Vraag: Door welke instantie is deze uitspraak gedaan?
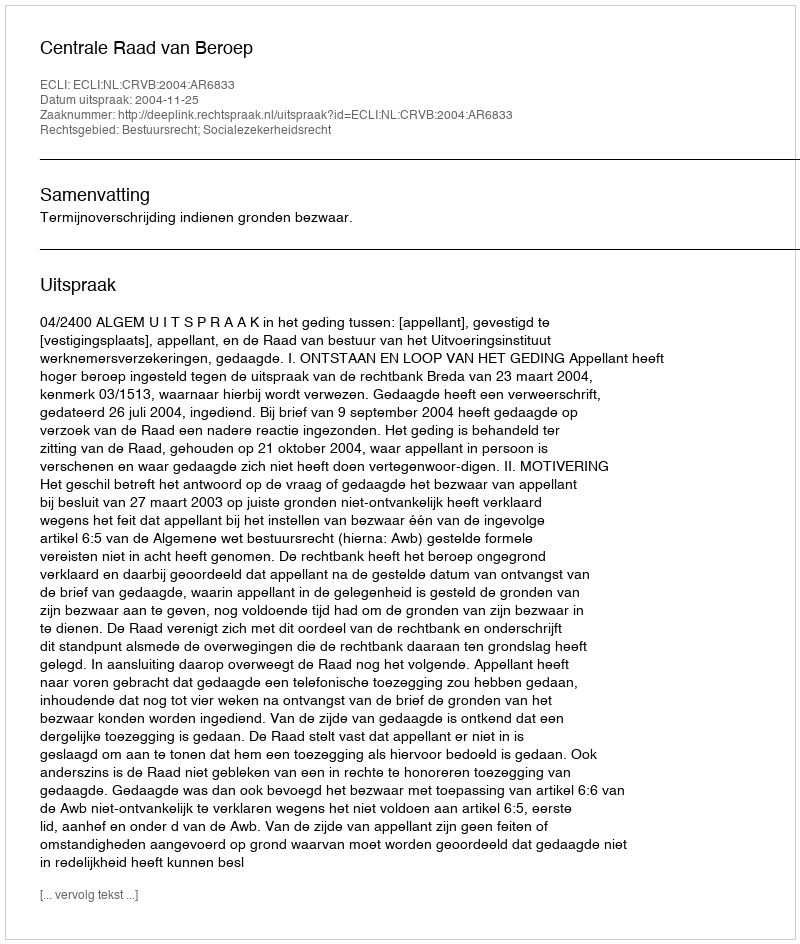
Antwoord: Centrale Raad van Beroep